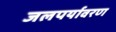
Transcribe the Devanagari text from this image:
जलपर्यावरण